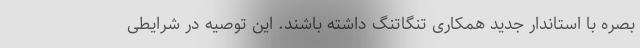
بصره با استاندار جدید همکاری تنگاتنگ داشته باشند. این توصیه در شرایطی